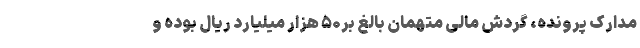
مدارک پرونده، گردش مالی متهمان بالغ بر۵۰ هزار میلیارد ریال بوده و